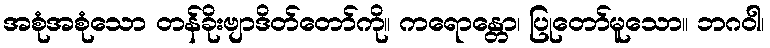
အစုံအစုံသော တန်ခိုးဗျာဒိတ်တော်ကို။ ကရောန္တော၊ ပြုတော်မူသော။ ဘဂဝါ၊